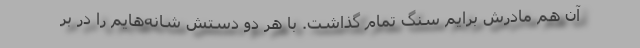
آن هم مادرش برایم سنگ تمام گذاشت. با هر دو دستش شانه‌هایم را در بر